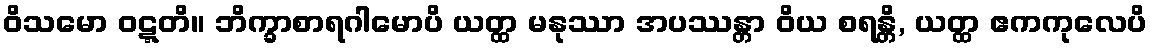
ဝိသမော ဝဋ္ဋတိ။ ဘိက္ခာစာရဂါမောပိ ယတ္ထ မနုဿာ အပဿန္တာ ဝိယ စရန္တိ, ယတ္ထ ဧကကုလေပိ